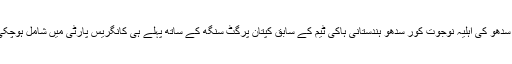
مسٹر سدھو کی اہلیہ نوجوت کور سدھو ہندستانی ہاکی ٹیم کے سابق کپتان پرگٹ سنگھ کے ساتھ پہلے ہی کانگریس پارٹی میں شامل ہوچکی ہیں۔